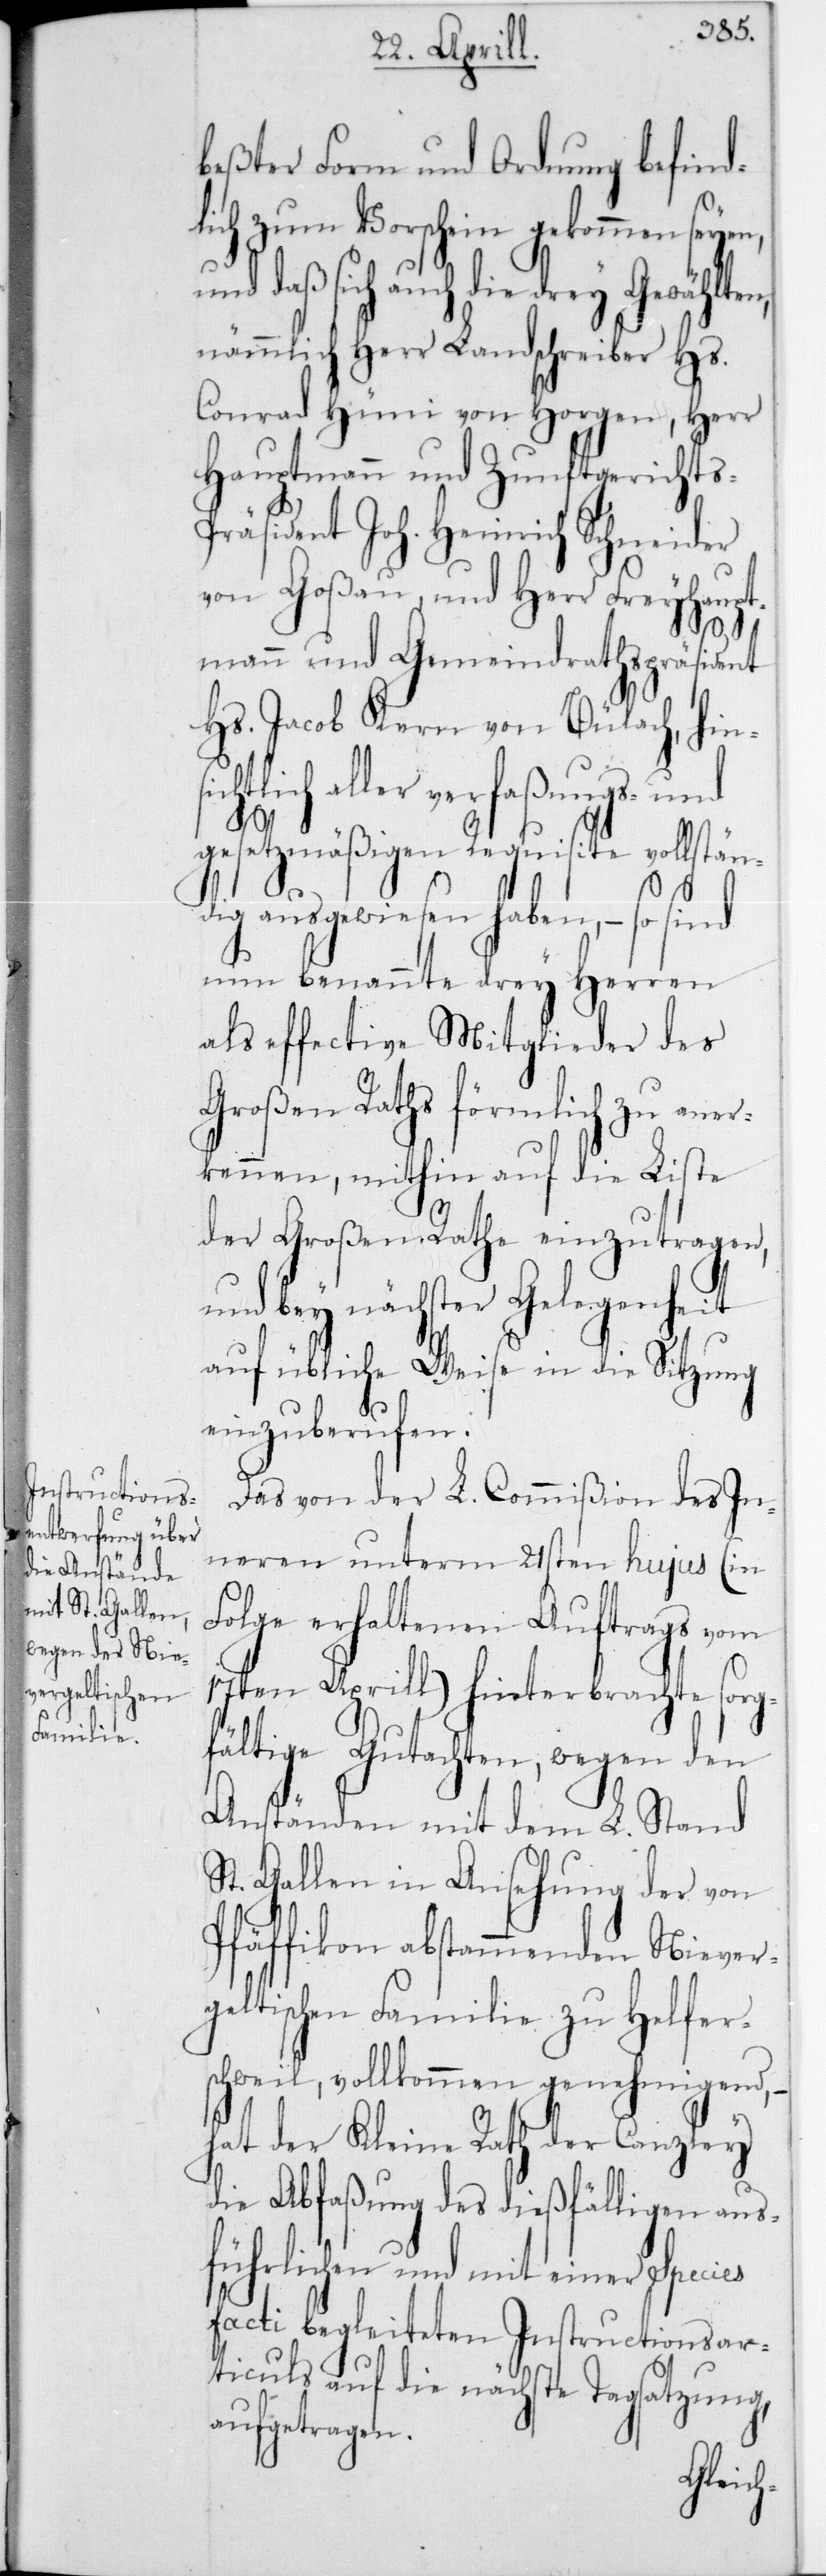
beßter Form und Ordnung befind¬
lich zum Vorschein gekommen seyen,
und daß sich auch die drey
nämmlich Herr Landschreiber Hs.
Conrad Hüni von Horgen, Herr
Hauptmann und Zunftgericht¬
räsident Joh. Heinrich Schneider
von Goßau, und Herr Freyhaupt¬
s-P¬
mann und Gemeindraths-Präsident
Hs. Jacob Kern von Bülach, hin¬
sichtlich aller verfaßungs- und
gesetzmäßigen Requisite vollstän¬
dig ausgewiesen haben, – so sind
nun benannte drey Herren
als effective Mitglieder des
Großen Raths förmlich zu aner¬
kennen, mithin auf die Liste
der Großen Rathe einzutragen,
und bey nächster Gelegenheit
auf übliche Weise in die Sitzung
einzuberufen.
Das von der L. Commißion des In¬
neren unterm 21sten hujus (in
Folge erhaltenen Auftrags vom
17ten Aprill) hinterbrachte sorg¬
fältige Gutachten, wegen den
Anständen mit dem L. Stand
St. Gallen in Ansehung der von
Pfäffikon abstammenden Niever¬
geltischen Familie zu Helfen¬
schweil, vollkommen genehmigend, –
hat der Kleine Rath der Canzley
die Abfaßung des dießfälligen aus¬
führlichen und mit einer Species
facti begleiteten Instructionsar¬
ticuls auf die nächste Tagsatzung,
aufgetragen.